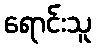
ရောင်းသူ